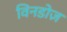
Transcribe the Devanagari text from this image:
विनडोज़